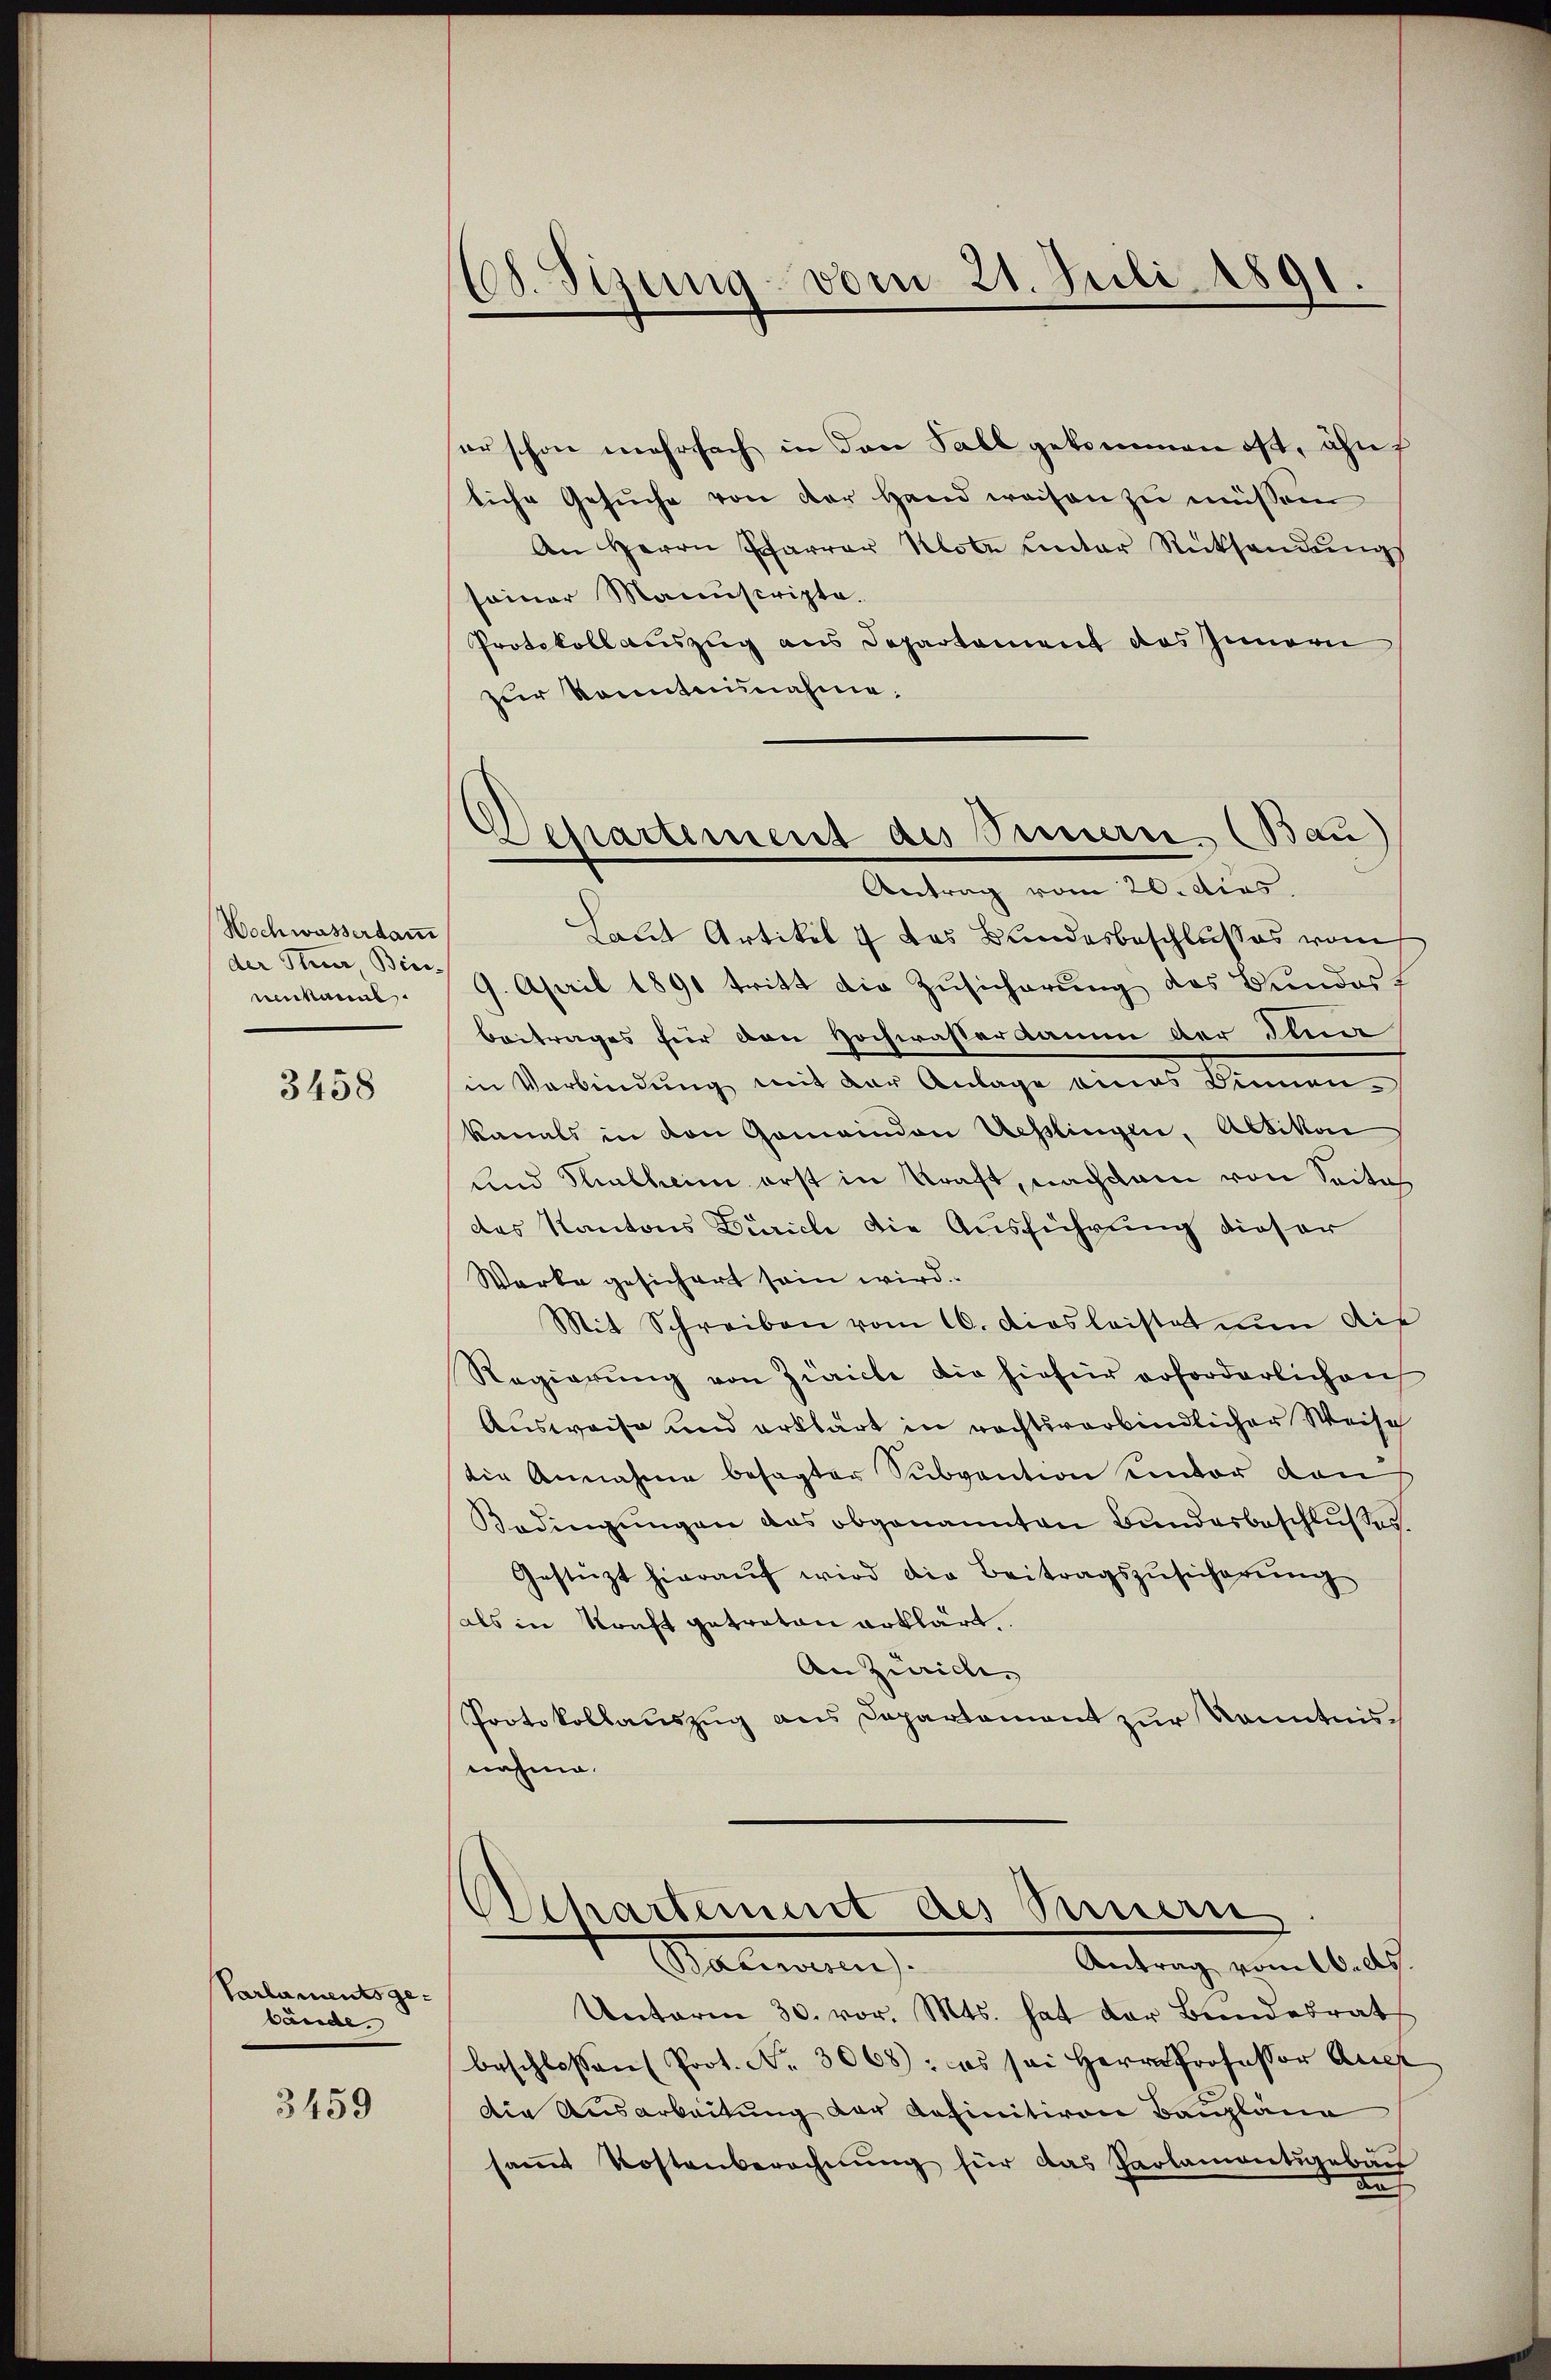
Wochwasserdan
der Stuer Binnenkannt.

3458

Parlaments gebände.

3459

108. Sizung - vom 21. Juli 1891.

Departement des Sinnern, (Bau)
Antrag vom 20. dies

er schon mehrfach in den Fall gekommen ist, ähn
liche Gesŭche von der Hand weisen zu müssen
An Herrn Pfarrer Klote unter Rücksendŭng
seiner Manuscripte.
Protokoll auszug aus Departement des Innern
zur Kenntnisnahme.
Laut Artikel 7 das Bundesbeschlusses vom
9. April 1891 tritt die Zusicherung des Bundes
beitrages für den Hochwasser kaum der Fina
in Verbindung mit der Anlage eines Dinnenkanats in den Gemeinden Ueßlingen, Altikon
und Flintheim erst in Kraft, nachdem von Seite
das Kantons Zürich die Ausführung dieser
Werke gesichert sein wird.
Mit Schreiben vom 16. Diosleistat nun die
Regierŭng von Zürich die hiefür erforderlichen
Ausweise und erklärt in rechtsverbindlicher Weise
die Annahme besagter Subvention einter den
Bedingŭngen das obgenannten Bundesbeschlußes.
Gestüzt hieraŭf wird die Beitragszŭsicherung
als in Konst getreten erklärt.
An Zürich
Protokollaŭszŭg ans Departament zŭr Kenntnisnahme.
Departement des Sinnern
Salmann
Antrag vom 16. ds.
Unterm 30. vor. Mts. hat der Bundesrat
beschlossen Prot. No. 3068): es sei Herrn Professor Auf
Die Ausarbeitung der definitiven Baupläne
samt Kostenberechnŭng für das Parlamentsgebäu
a